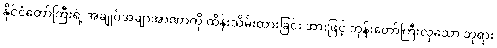
နိုင်ငံတော်ကြီးရဲ့ အချုပ်အချာအာဏာကို ထိန်းသိမ်းထားခြင်း အားဖြင့် ဘုန်းတော်ကြီးလှသော ဘုရား